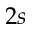
2 s